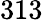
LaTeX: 313